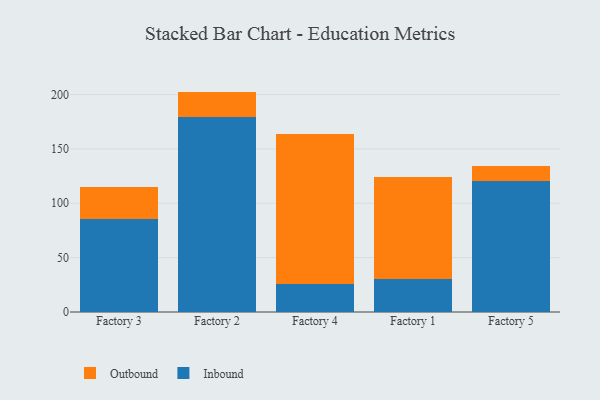
{"axis": {"x": "Factory", "y": "Bounce Rate (%)"}, "legend": ["Inbound", "Outbound"], "data": [{"x": "Factory 3", "y": 85.7, "type": "Inbound"}, {"x": "Factory 3", "y": 29.3, "type": "Outbound"}, {"x": "Factory 2", "y": 179.6, "type": "Inbound"}, {"x": "Factory 2", "y": 23.1, "type": "Outbound"}, {"x": "Factory 4", "y": 26.2, "type": "Inbound"}, {"x": "Factory 4", "y": 137.8, "type": "Outbound"}, {"x": "Factory 1", "y": 30.0, "type": "Inbound"}, {"x": "Factory 1", "y": 93.9, "type": "Outbound"}, {"x": "Factory 5", "y": 120.5, "type": "Inbound"}, {"x": "Factory 5", "y": 14.2, "type": "Outbound"}]}